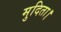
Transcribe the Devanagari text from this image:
मुदिता।